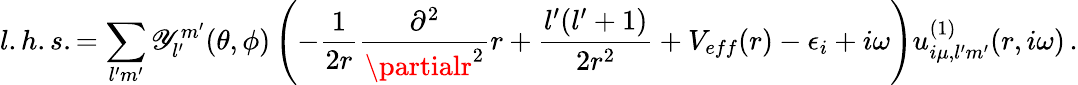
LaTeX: l.h.s.=\sum_{l^{\prime}m^{\prime}}\mathscr{Y}_{l^{\prime}}^{m^{\prime}}(\theta,\phi)\left(-\frac{{1}}{{2r}}\frac{{\partial^{2}}}{{\partialr^{2}}}r+\frac{{l^{\prime}(l^{\prime}+1)}}{{2r^{2}}}+V_{eff}(r)-\epsilon_{i}+i\omega\right)u_{i\mu,l^{\prime}m^{\prime}}^{(1)}(r,i\omega)\, .